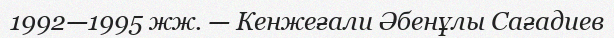
1992—1995 жж. — Кенжеғали Әбенұлы Сағадиев